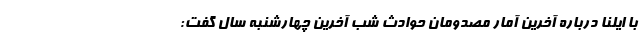
با ایلنا درباره آخرین آمار مصدومان حوادث شب آخرین چهارشنبه سال گفت: